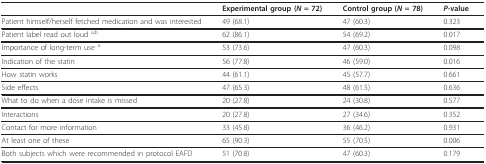
|  | Experimental group (N = 72) | Control group (N = 78) | P-value |
 | --- | --- | --- | --- |
 | Patient himself/herself fetched medication and was interested | 49 (68.1) | 47 (60.3) | 0.323 |
 | Patient label read out loud a;b | 62 (86.1) | 54 (69.2) | 0.017 |
 | Importance of long-term use a | 53 (73.6) | 47 (60.3) | 0.098 |
 | Indication of the statin | 56 (77.8) | 46 (59.0) | 0.016 |
 | How statin works | 44 (61.1) | 45 (57.7) | 0.661 |
 | Side effects | 47 (65.3) | 48 (61.5) | 0.636 |
 | What to do when a dose intake is missed | 20 (27.8) | 24 (30.8) | 0.577 |
 | Interactions | 20 (27.8) | 27 (34.6) | 0.352 |
 | Contact for more information | 33 (45.8) | 36 (46.2) | 0.931 |
 | At least one of these | 65 (90.3) | 55 (70.5) | 0.006 |
 | Both subjects which were recommended in protocol EAFD | 51 (70.8) | 47 (60.3) | 0.179 |